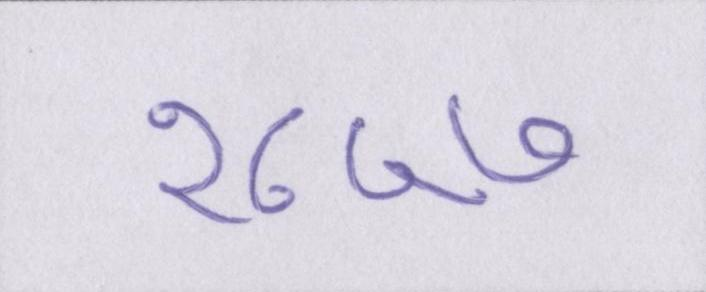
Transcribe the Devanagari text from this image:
१८५७